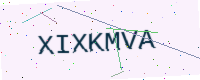
Text: XIXKMVA